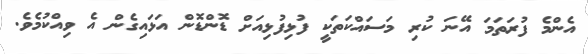
އެންމެ ފުރަތަމަ އޭނަ ކުރި މަސައްކަތަކީ ފުޅިފުޅިއަށް ޑޮންޑޮން އަޅައިގެން އެ ވިއްކުމެވެ.